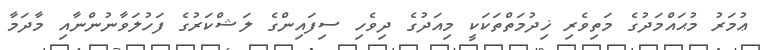
ޢުމަރު މުޙައްމަދުގެ މަތިވެރި ޚިދުމަތްތަކަކީ މިއަދުގެ ދިވެހި ސިފައިންގެ ލަޝްކަރުގެ ފަހުލަވާނުންނާއި މާދަމާ